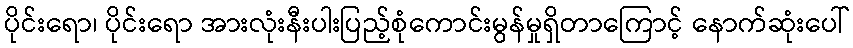
ပိုင်းရော၊ ပိုင်းရော အားလုံးနီးပါးပြည့်စုံကောင်းမွန်မှုရှိတာကြောင့် နောက်ဆုံးပေါ်